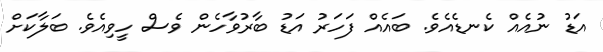
އަޑު ނުއެއް ކެނޑެއެވެ. ބައެއް ފަހަރު އަޑު ބާރުވާހެން ވެސް ހީވިއެވެ. ބަލާކަށް